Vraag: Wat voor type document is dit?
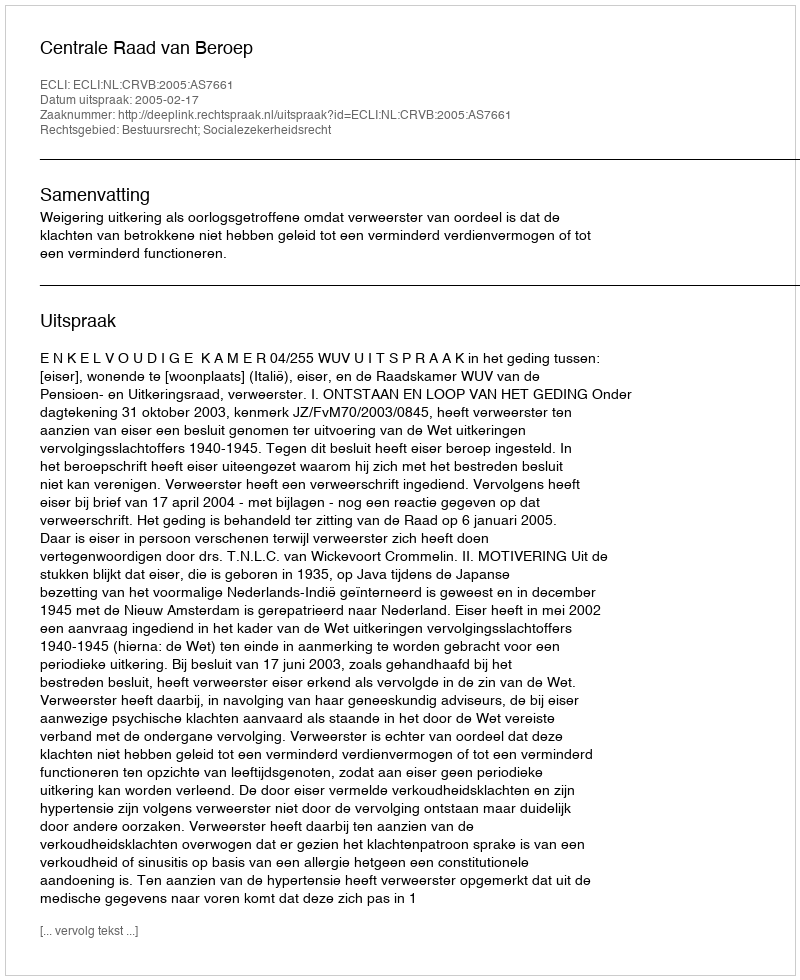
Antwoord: Uitspraak